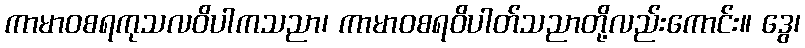
ကာမာဝစရကုသလဝိပါကသညာ၊ ကာမာဝစရဝိပါတ်သညာတို့လည်းကောင်း။ ဒွေ၊